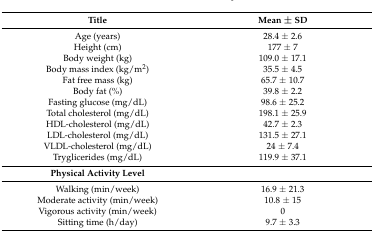
| Title | Mean ± SD |
 | --- | --- |
 | Age (years) | 28.4 ± 2.6 |
 | Height (cm) | 177 ± 7 |
 | Body weight (kg) | 109.0 ± 17.1 |
 | Body mass index (kg/m2) | 35.5 ± 4.5 |
 | Fat free mass (kg) | 65.7 ± 10.7 |
 | Body fat (%) | 39.8 ± 2.2 |
 | Fasting glucose (mg/dL) | 98.6 ± 25.2 |
 | Total cholesterol (mg/dL) | 198.1 ± 25.9 |
 | HDL-cholesterol (mg/dL) | 42.7 ± 2.3 |
 | LDL-cholesterol (mg/dL) | 131.5 ± 27.1 |
 | VLDL-cholesterol (mg/dL) | 24 ± 7.4 |
 | Tryglicerides (mg/dL) | 119.9 ± 37.1 |
 | Physical Activity Level |  |
 | Walking (min/week) | 16.9 ± 21.3 |
 | Moderate activity (min/week) | 10.8 ± 15 |
 | Vigorous activity (min/week) | 0 |
 | Sitting time (h/day) | 9.7 ± 3.3 |